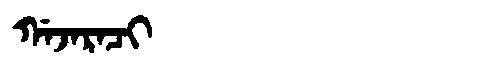
Manchu: ᡤᠠᠵᠠᡵᠠᠴᡳ
Romanization: GAJARACI